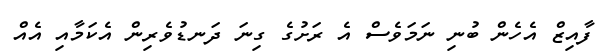
ފާއިޒް އެހެން ބުނި ނަމަވެސް އެ ރަށުގެ ގިނަ ދަނޑުވެރިން އެކަމާއި އެއް